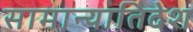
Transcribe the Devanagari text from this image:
सामान्यातिदेश